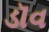
ડૉવ